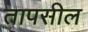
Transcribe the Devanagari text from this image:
तापसील